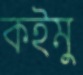
কইমু